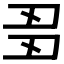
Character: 𬻘